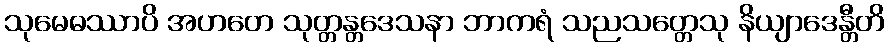
သုမေဓဿာပိ အဟတေ သုတ္တန္တဒေသနာ ဘာကရံ သညသတ္တေသု နိယျာဒေန္တီတိ